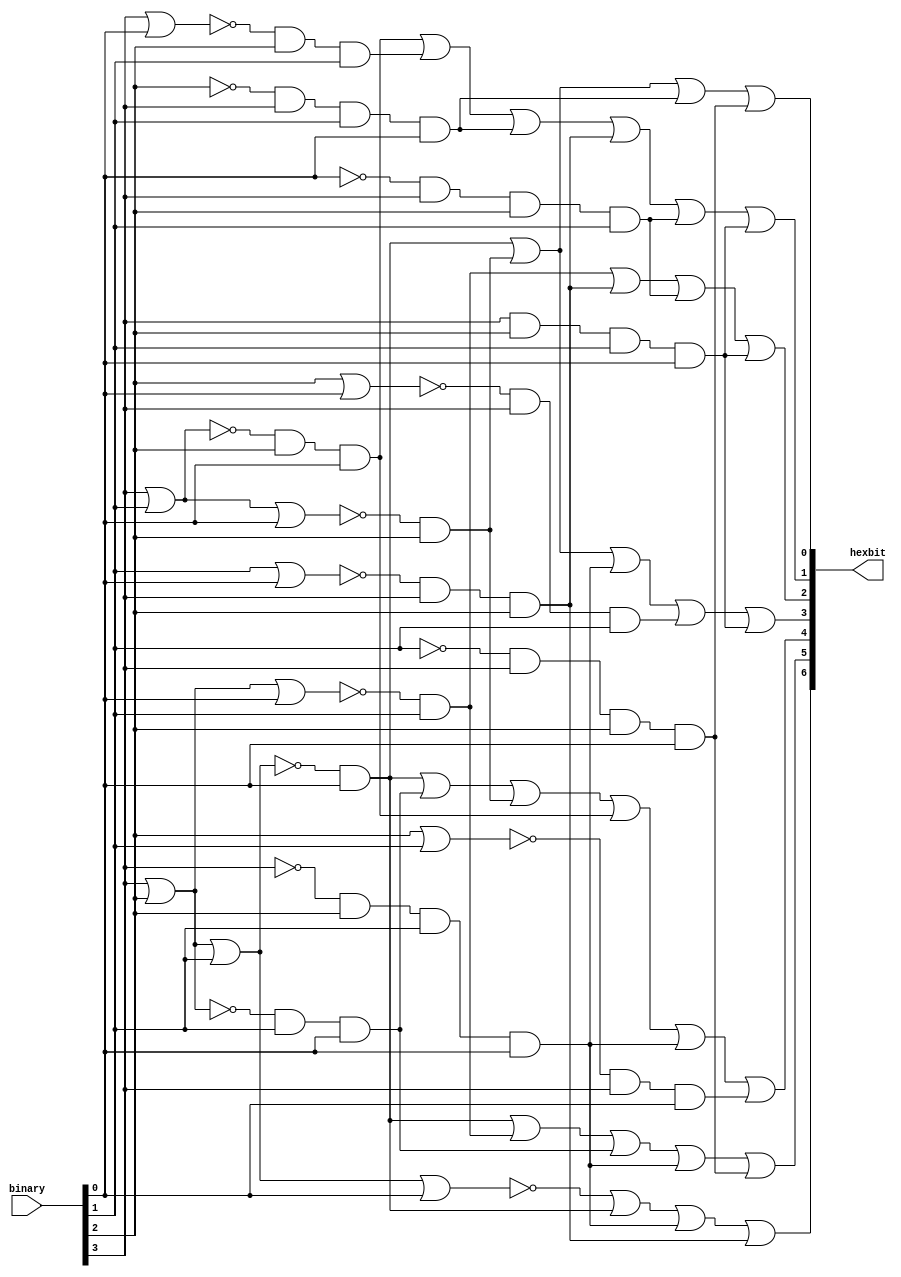
module hexdisp(input[3:0] binary, output[6:0] hexbit);

	wire d1 = binary[3];
	wire d2 = binary[2];
	wire d3 = binary[1];
	wire d4 = binary[0];
	
	// Convert Bin to Hex
	wire n0 = ~(d1|d2|d3|d4);
	// 0001 1
	wire n1 = ~(d1|d2|d3) & d4;
	// 0010 2
	wire n2 = ~(d1|d2|d4) & d3;
	// 0011 3
	wire n3 = ~(d1|d2) & d3 & d4;
	// 0100 4
	wire n4 = ~(d1|d3|d4) & d2;
	// 0101 5
	wire n5 = ~(d1|d3) & d2 & d4;
	// 0110 6
	wire n6 = ~(d1|d4) & d2 & d3;
	// 0111 7
	wire n7 = ~d1 & d2 & d3 & d4;
	
	// We don't need a wire n8 because it is all 0s on hexbit.
	
	// 1001 9
	wire n9 = ~(d2|d3) & d1 & d4;
	// 1010 A
	wire na = ~(d2|d4) & d1 & d3;
	// 1011 B
	wire nb = ~d2 & d1 & d3 & d4;
	// 1100 C
	wire nc = ~(d3|d4) & d1 & d2;
	// 1101 D
	wire nd = ~d3 & d1 & d2 & d4;
	// 1110 E
	wire ne = ~d4 & d1 & d2 & d3;
	// 1111 F
	wire nf = d1 & d2 & d3 & d4;
	
	// TURN ON EACH HEX BIT WHEN THE MATCHING BINARY NUMBERS ARE ENTERED
	assign hexbit[0] = (n1|n4|nb|nd);
	assign hexbit[1] = (n5|n6|nb|nc|ne|nf);
	assign hexbit[2] = (n2|nc|ne|nf);
	assign hexbit[3] = (n1|n4|n7|na|nf);
	assign hexbit[4] = (n1|n3|n4|n5|n7|n9);
	assign hexbit[5] = (n1|n2|n3|n7|nd);
	assign hexbit[6] = (n0|n1|n7|nc);
	
endmodule